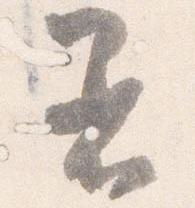
着